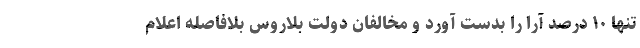
تنها ۱۰ درصد آرا را بدست آورد و مخالفان دولت بلاروس بلافاصله اعلام